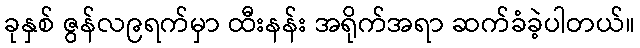
ခုနှစ် ဇွန်လ၉ရက်မှာ ထီးနန်း အရိုက်အရာ ဆက်ခံခဲ့ပါတယ်။